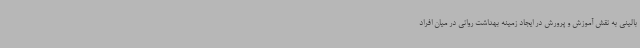
بالینی به نقش آموزش و پرورش در ایجاد زمینه بهداشت روانی در میان افراد